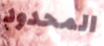
المحدود